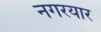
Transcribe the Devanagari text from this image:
नगरयार